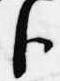
臣